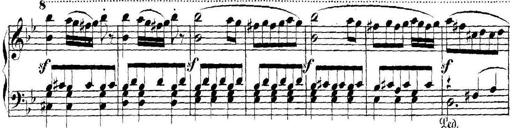
Title: Collected Piano Sonatas
Composer: Muzio Clementi